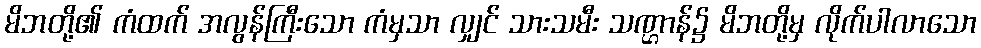
မိဘတို့၏ ကံထက် အလွန်ကြီးသော ကံမှသာ လျှင် သားသမီး သဏ္ဌာန်၌ မိဘတို့မှ လိုက်ပါလာသော